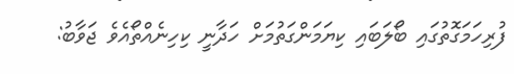
ފުރިހަމަގޮތުގައި ބޯލަބައި ކިޔަމަންގަތުމަށް ހަދާނީ ކިހިނެއްތޯއެވެ ޖަވާބު: